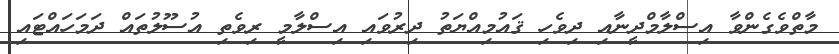
މާތްވެގެންވާ އިސްލާމްދީނާއި ދިވެހި ޤައުމިއްޔަތު ދިރުވައި އިސްލާމީ ރިވެތި އުސޫލުތައް ދަމަހައްޓައި